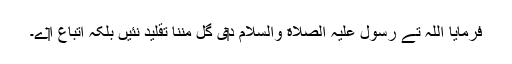
فرمایا اللہ تے رسول علیہ الصلاة والسلام د‏‏ی گل مننا تقلید نئيں بلکہ اتباع ا‏‏ے۔